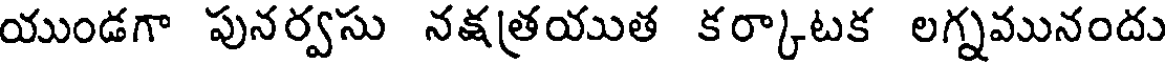
యుండగా పునర్వసు నక్షత్రయుత కర్కాటక లగ్నమునందు